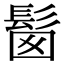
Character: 𩬼